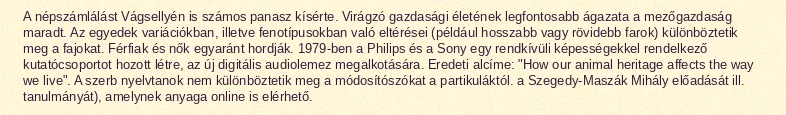
A népszámlálást Vágsellyén is számos panasz kísérte. Virágzó gazdasági életének legfontosabb ágazata a mezőgazdaság maradt. Az egyedek variációkban, illetve fenotípusokban való eltérései (például hosszabb vagy rövidebb farok) különböztetik meg a fajokat. Férfiak és nők egyaránt hordják. 1979-ben a Philips és a Sony egy rendkívüli képességekkel rendelkező kutatócsoportot hozott létre, az új digitális audiolemez megalkotására. Eredeti alcíme: "How our animal heritage affects the way we live". A szerb nyelvtanok nem különböztetik meg a módosítószókat a partikuláktól. a Szegedy-Maszák Mihály előadását ill. tanulmányát), amelynek anyaga online is elérhető.